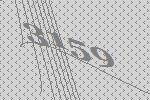
3159